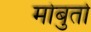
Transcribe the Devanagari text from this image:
मोबुतो